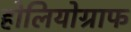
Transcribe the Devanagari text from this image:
होलियोग्राफ